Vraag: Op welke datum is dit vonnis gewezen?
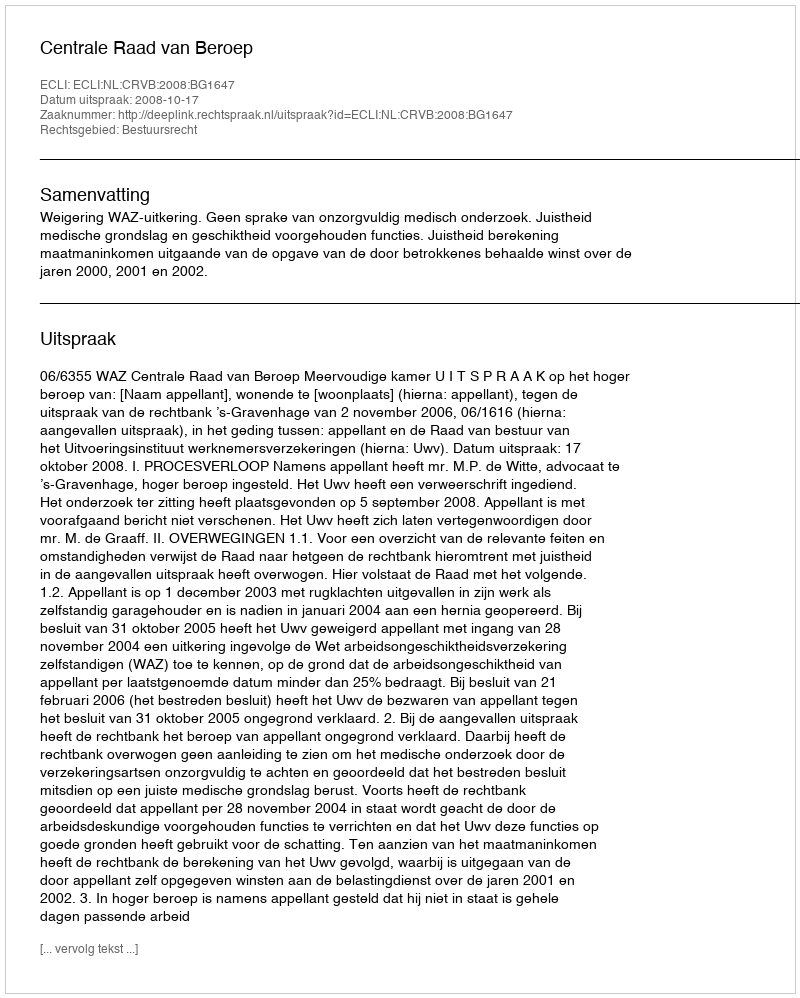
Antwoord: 2008-10-17